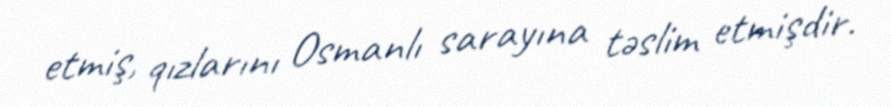
etmiş, qızlarını Osmanlı sarayına təslim etmişdir.